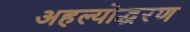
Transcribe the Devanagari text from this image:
अहल्योद्धरण